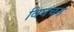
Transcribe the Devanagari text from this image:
विघचन